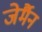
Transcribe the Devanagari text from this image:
जेर्मैन